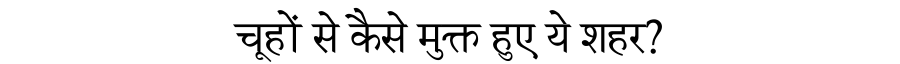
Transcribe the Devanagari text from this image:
चूहों से कैसे मुक्त हुए ये शहर?